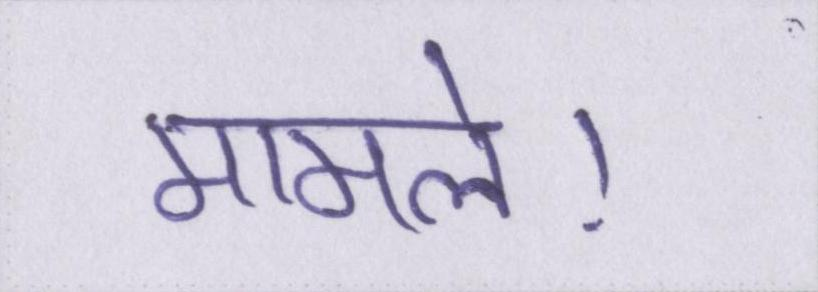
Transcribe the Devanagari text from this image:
मामले।